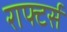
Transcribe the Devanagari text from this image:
राफ्टर्स